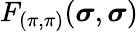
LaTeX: F_{(\pi,\pi)}(\boldsymbol{\sigma},\boldsymbol{\sigma})